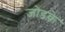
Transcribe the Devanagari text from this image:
जोडके